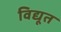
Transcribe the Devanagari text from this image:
विद्यूत